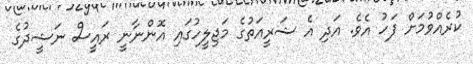
ކުރެއްވުމަށް ފަހު އެވެ. އަދި އެ ޝަރީއަތުގެ މަޖިލީހުގައި އޮންނާނީ ރައީސް ނަޝީދުގެ